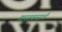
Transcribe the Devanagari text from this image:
वास्तवासाठी